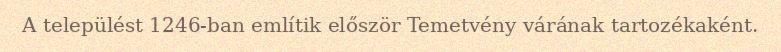
A települést 1246-ban említik először Temetvény várának tartozékaként.